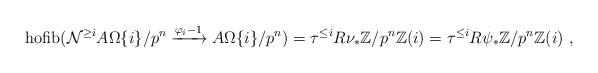
LaTeX: \begin{align*}\mathrm{hofib}(\mathcal N^{\geq i}A\Omega\{i\}/p^n\xrightarrow{\varphi_i-1} A\Omega\{i\}/p^n) = \tau^{\leq i} R\nu_\ast \mathbb Z/p^n\mathbb Z(i) = \tau^{\leq i} R\psi_\ast \mathbb Z/p^n\mathbb Z(i)\ ,\end{align*}